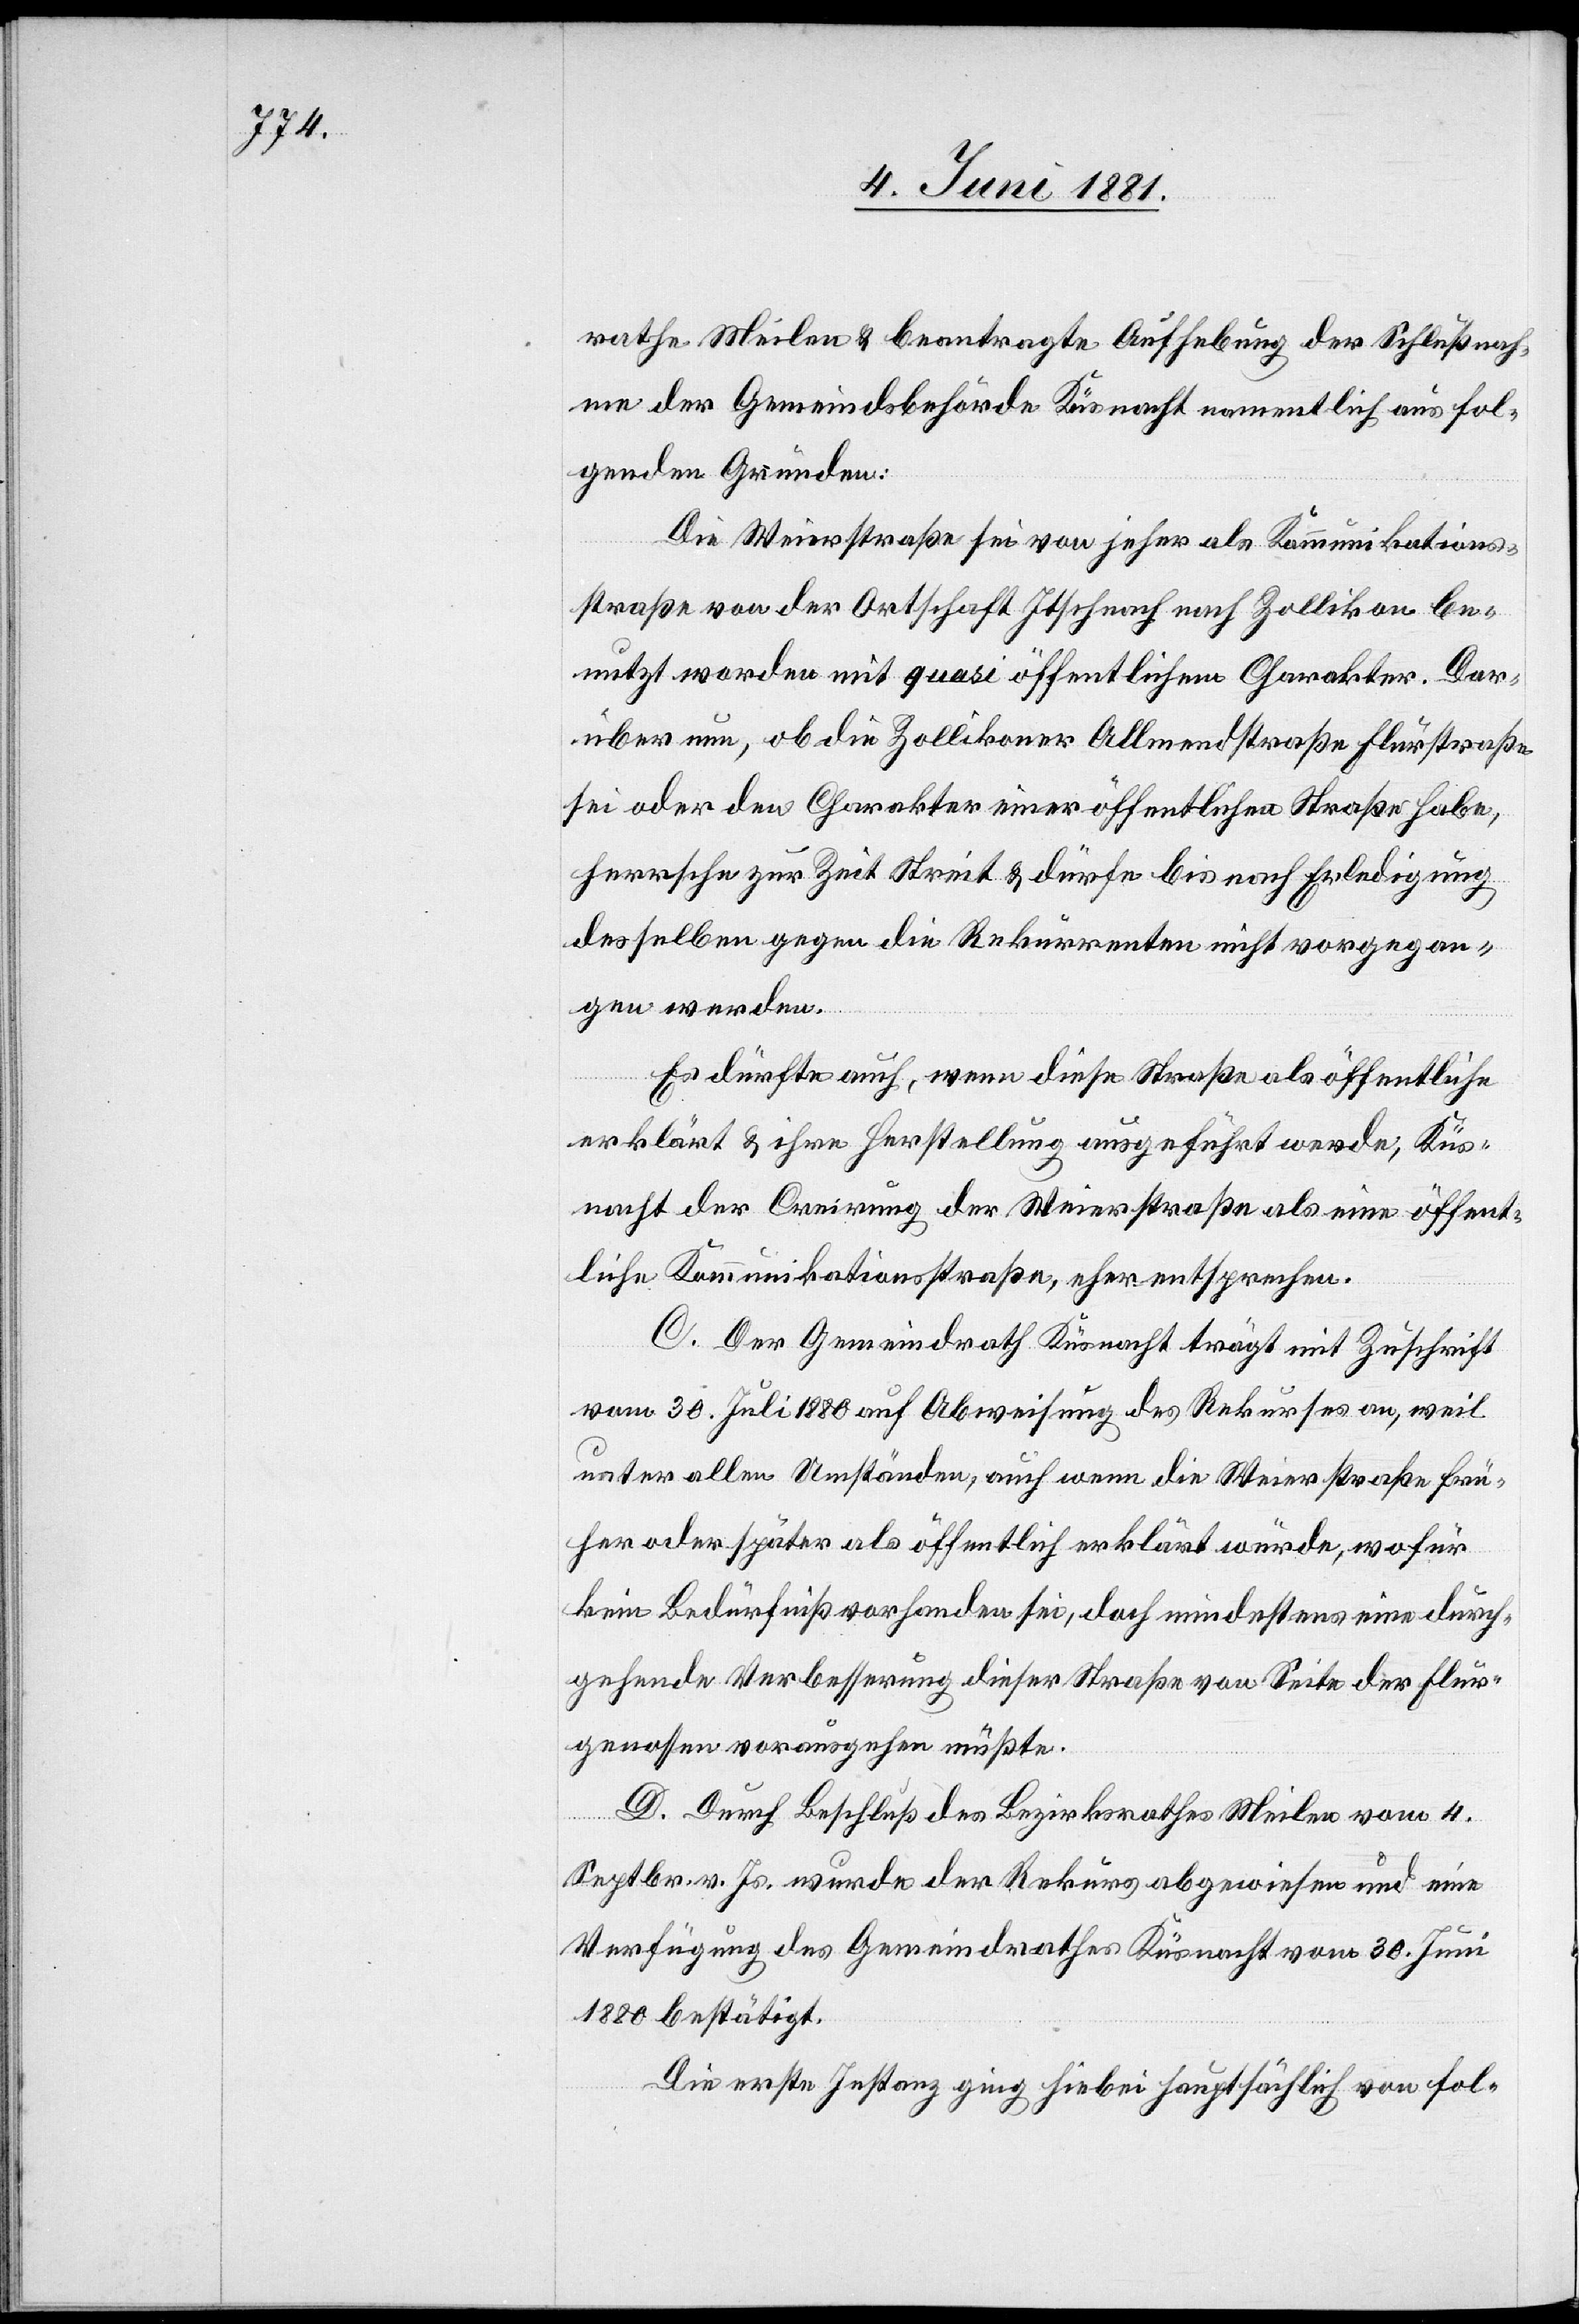
rathe Meilen & beantragte Aufhebung der Schlußnah¬
me der Gemeindsbehörde Küsnacht namentlich aus fol¬
genden Gründen:
Die Weierstraße sei von jeher als Kommunikations¬
straße von der Ortschaft Itschnach nach Zollikon be¬
nutzt worden mit quasi öffentlichem Charakter. Dar¬
über nun, ob die Zollikoner Allmendstraße Flurstraße
sei oder den Charakter einer öffentlichen Straße habe,
herrsche zur Zeit Streit & dürfe bis nach Erledigung
desselben gegen die Rekurrenten nicht vorgegan¬
gen werden.
Es dürfe auch, wenn diese Straße als öffentliche
erklärt & ihre Herstellung ausgeführt werde, Küs¬
nacht der Creirung der Weierstraße als eine öffent¬
liche Kommunikationsstraße, eher entsprechen.
C. Der Gemeindrath Küsnacht trägt mit Zuschrift
vom 30. Juli 1880 auf Abweisung des Rekurses an, weil
unter allen Umständen, auch wenn die Weierstraße frü¬
her oder später als öffentliche erklärt würde, wofür
kein Bedürfniß vorhanden sei, doch mindestens eine durch¬
gehende Verbesserung dieser Straße von Seiten der Flur¬
genossen vorausgehen müßte.
D. Durch Beschluß des Bezirksrathes Meilen vom 4.
Septbr. v. Js. wurde der Rekurs abgewiesen und eine
Verfügung des Gemeindrathes Küsnacht vom 30. Juni
1880 bestätigt.
Die erste Instanz ging hiebei hauptsächlich von fol-